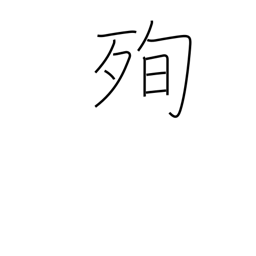
Meaning: martyrdom